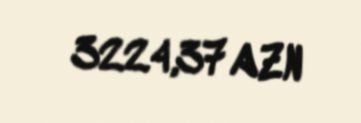
3224,37 AZN